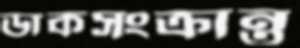
ডাকসংক্রান্ত